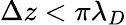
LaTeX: \Delta z<\pi\lambda_{D}